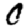
Digit: 0